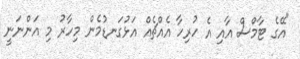
"އޭގެ ޓާމްސް އާއި އެ ހުރިހާ އެއްޗެއް އަޅުގަނޑުމެން މިހާރު މި އަންނަނީ